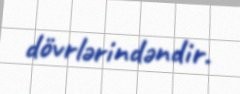
dövrlərindəndir.